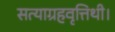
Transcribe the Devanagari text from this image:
सत्याग्रहवृत्तिथी।